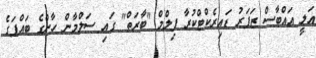
އަލީ އައްބާސް ޒަފަރު ޑައިރެކްޓްކުރާ ފިލްމް "ބާރަތް" ގައި ސަލްމާން ހާންގެ ބައްޕަގެ